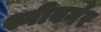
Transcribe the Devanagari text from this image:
श्नीबर्गर